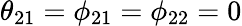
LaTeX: \theta_{21}=\phi_{21}=\phi_{22}=0